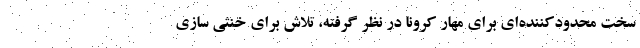
سخت محدودکننده‌ای برای مهار کرونا در نظر گرفته، تلاش برای خنثی سازی